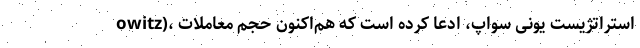
owitz)، استراتژیست یونی سواپ، ادعا کرده است که هم‌اکنون حجم معاملات